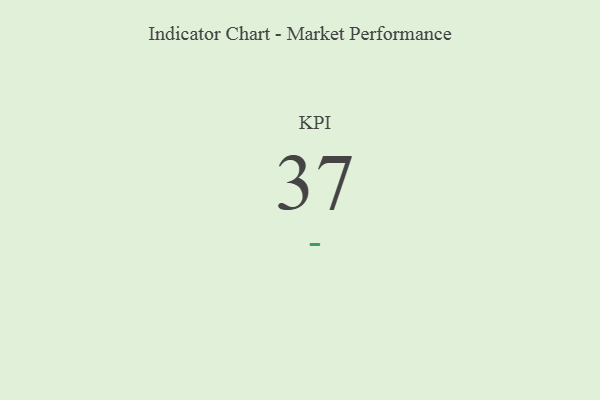
{"axis": {"x": "KPI", "y": "Value"}, "legend": [""], "data": [{"x": "KPI", "y": 37, "type": ""}]}